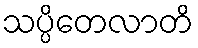
သပ္ပိတေလာတိ